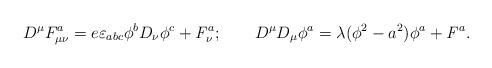
LaTeX: \begin{align*} D^{\mu} F_{\mu \nu}^a = e \varepsilon _{abc} \phi ^b D_{\nu } \phi ^c + {\it F}_{\nu} ^a; \qquad D^{\mu} D_{\mu} \phi ^a = \lambda (\phi ^2 - a^2) \phi ^a + {\it F}^a.\end{align*}